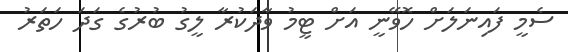
ސެމީ ފައިނަލަށް ހޮވޭނީ އަށް ޓީމު ވާދަކުރާ ލީގު ބުރުގެ ގަދަ ހަތަރު